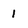
Character: 1